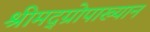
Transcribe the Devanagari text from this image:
श्रीमद्‌ग्रोपाख्यान